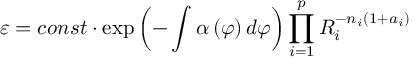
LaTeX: \varepsilon = c o n s t \cdot \exp \left( - \int \alpha \left( \varphi \right) d \varphi \right) \prod _ { i = 1 } ^ { p } R _ { i } ^ { - n _ { i } ( 1 + a _ { i } ) }